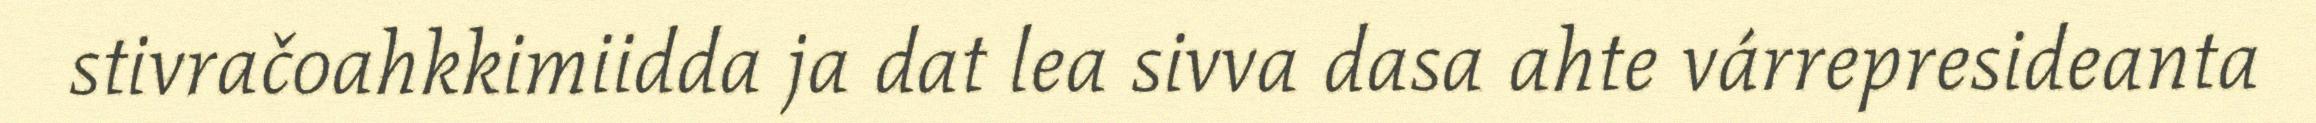
stivračoahkkimiidda ja dat lea sivva dasa ahte várrepresideanta